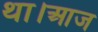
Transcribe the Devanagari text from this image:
था।आज